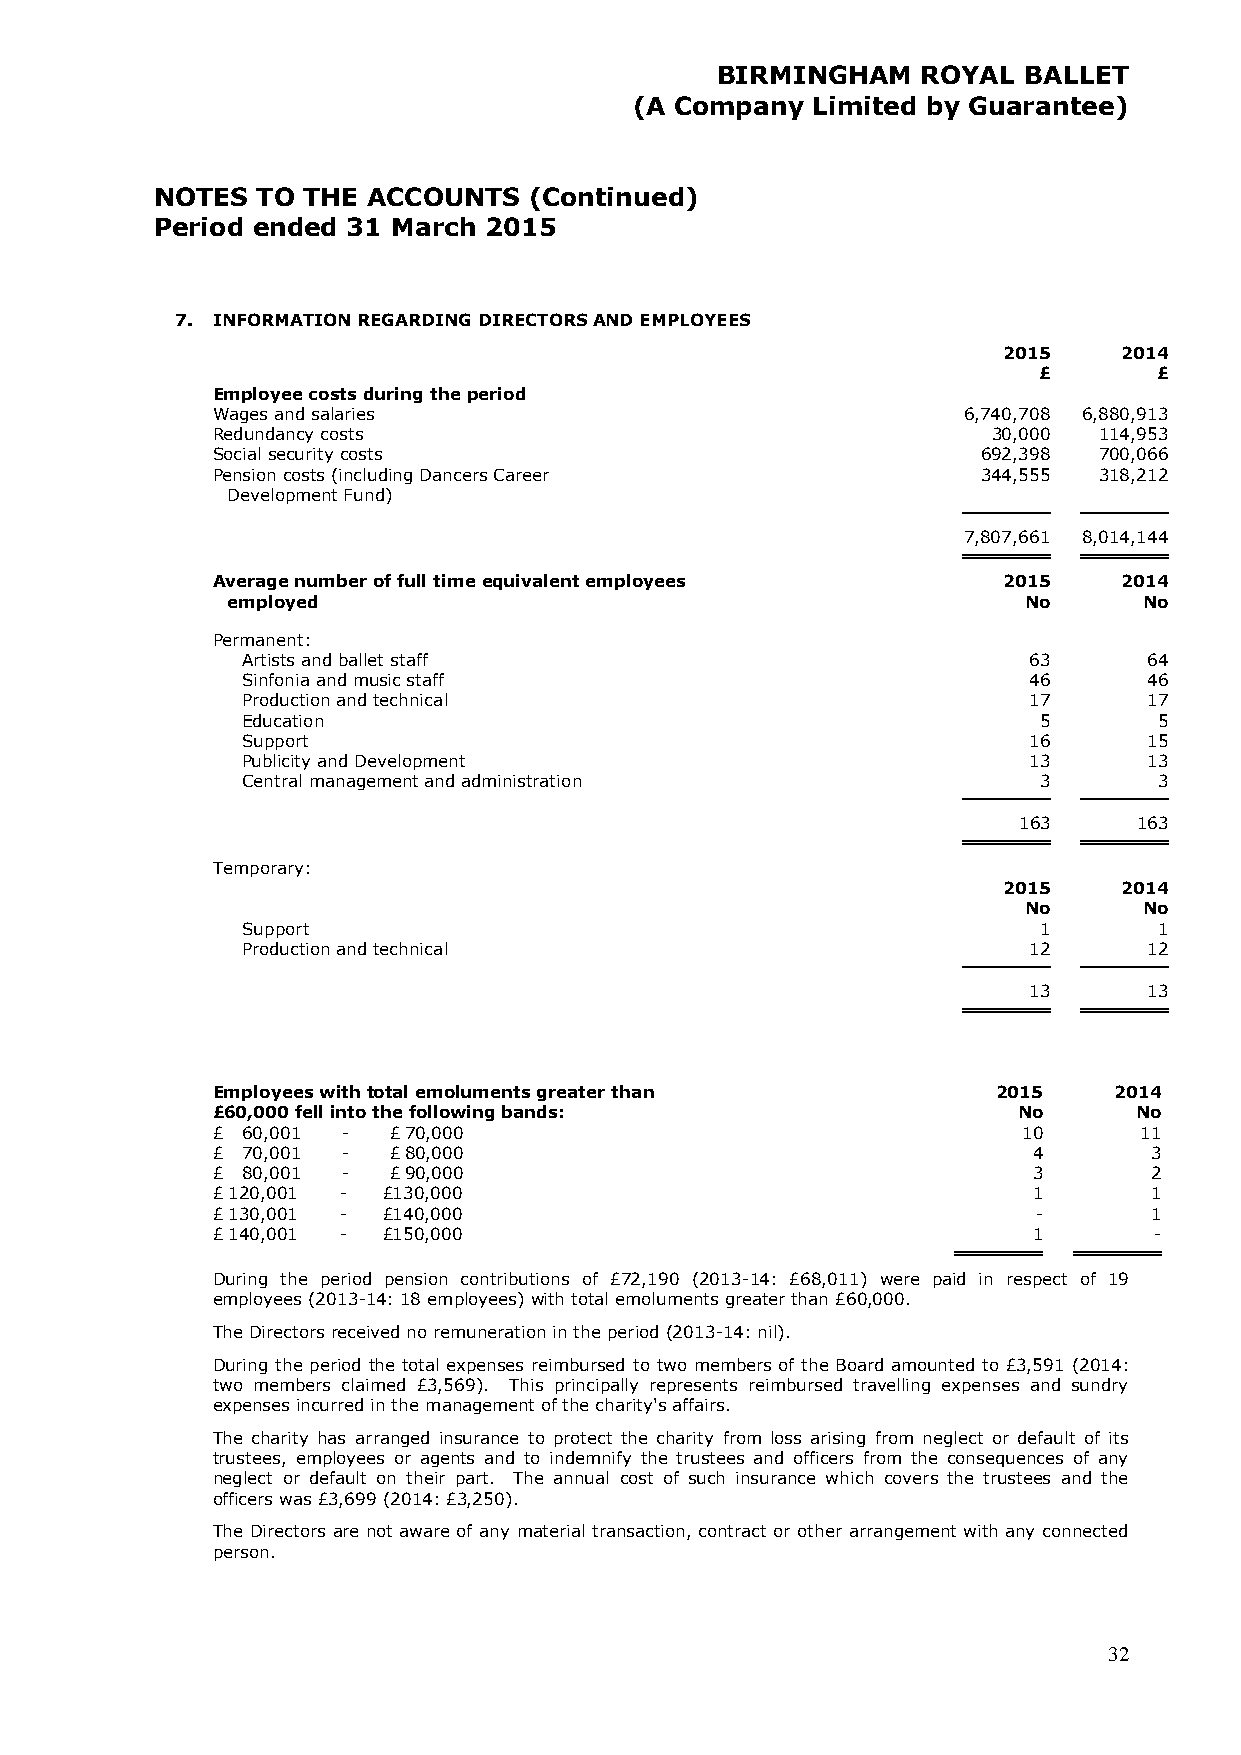
BIRMINGHAM    ROYAL  BALLET
 (A Company  Limited by Guarantee)
 NOTES  TO THE ACCOUNTS   (Continued)
 Period ended 31 March 2015
 7. INFORMATION REGARDING DIRECTORS AND EMPLOYEES
 2015    2014
 £       £
 Employee costs during the period
 Wages and salaries                                6,740,708 6,880,913
 Redundancy costs                                    30,000 114,953
 Social security costs                              692,398 700,066
 Pension costs (including Dancers Career            344,555 318,212
 Development Fund)
 7,807,661 8,014,144
 Average number of full time equivalent employees    2015    2014
 employed                                             No      No
 Permanent:
 Artists and ballet staff                            63      64
 Sinfonia and music staff                            46      46
 Production and technical                            17      17
 Education                                            5       5
 Support                                             16      15
 Publicity and Development                           13      13
 Central management and administration                3       3
 163     163
 Temporary:
 2015    2014
 No      No
 Support                                              1       1
 Production and technical                            12      12
 13      13
 Employees with total emoluments greater than        2015    2014
 £60,000 fell into the following bands:               No      No
 £ 60,001 -  £ 70,000                                  10     11
 £ 70,001 -  £ 80,000                                  4       3
 £ 80,001 -  £ 90,000                                  3       2
 £ 120,001 - £130,000                                  1       1
 £ 130,001 - £140,000                                   -      1
 £ 140,001 - £150,000                                  1       -
 During the period pension contributions of £72,190 (2013-14: £68,011) were paid in respect of 19
 employees (2013-14: 18 employees) with total emoluments greater than £60,000.
 The Directors received no remuneration in the period (2013-14: nil).
 During the period the total expenses reimbursed to two members of the Board amounted to £3,591 (2014:
 two members claimed £3,569). This principally represents reimbursed travelling expenses and sundry
 expenses incurred in the management of the charity's affairs.
 The charity has arranged insurance to protect the charity from loss arising from neglect or default of its
 trustees, employees or agents and to indemnify the trustees and officers from the consequences of any
 neglect or default on their part. The annual cost of such insurance which covers the trustees and the
 officers was £3,699 (2014: £3,250).
 The Directors are not aware of any material transaction, contract or other arrangement with any connected
 person.
 32